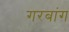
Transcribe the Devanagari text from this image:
गरबांग